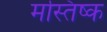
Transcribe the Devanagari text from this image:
मस्‍तिष्‍क